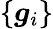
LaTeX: \{ \boldsymbol{g}_{i}\}